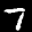
Label: 7